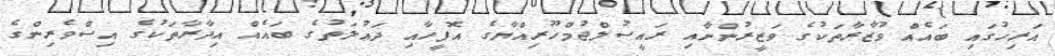
އަރިހުގައި ބައެއް ވުޒާރާތަކުގެ ވަޒީރުންނާއި ރައީސުލްޖުމްހޫރިއްޔާގެ އޮފީހާއި ދަޢުލަތުގެ ބައެއް އިދާރާތަކުގެ އިސްވެރިންގެ